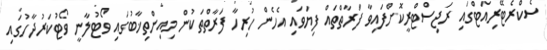
ސެކްރެޓޭރިއަޓްގައި ރަޖިސްޓްރީކޮށްފައިވާ ފަރާތްތައް ފިޔަވައި އެހެން ހުރިހާ ފަރާތްތަކުން މިއިންތިޚާބުގައި ވޯޓުލާނީ ވޯޓުކަރުދާހުގައި